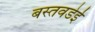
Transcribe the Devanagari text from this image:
बस्तवडेई